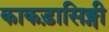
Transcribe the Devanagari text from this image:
काकड़ासिङ्गी